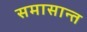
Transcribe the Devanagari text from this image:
समासान्त